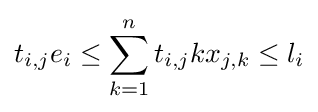
t_{i,j}e_{i}\leq \sum _{k=1}^{n}t_{i,j}kx_{j,k}\leq l_{i}